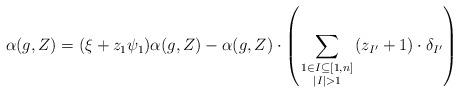
LaTeX: \begin{align*} \alpha(g,Z)=(\xi+z_1\psi_1)\alpha(g,Z) - \alpha(g,Z) \cdot\left(\sum_{\begin{smallmatrix} 1\in I\subseteq[1,n] \\ |I|>1 \end{smallmatrix}}(z_{I'}+1)\cdot \delta_{I'}\right) \end{align*}